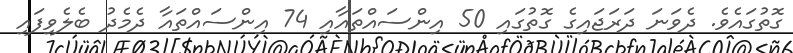
ގޮތުގައެވެ. ދެވަނަ ދަރަޖައިގެ ގޮތުގައި 50 އިންސައްތައާއި 74 އިންސައްތައާ ދެމެދު ބެލެވިފައި